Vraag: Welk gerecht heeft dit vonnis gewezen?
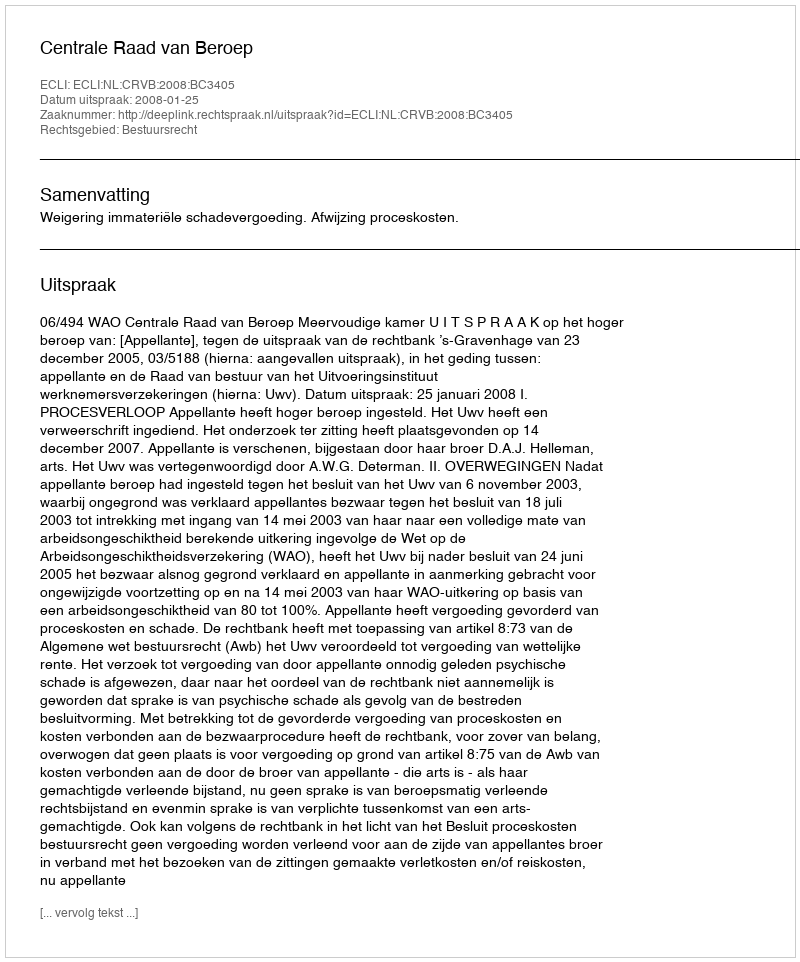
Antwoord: Centrale Raad van Beroep